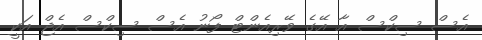
އެސް ސިކްސް އާ އޭގެ ވޭރިއެންޓް ފޯނު އެސް ސިކްސް އެޖް އަކީ